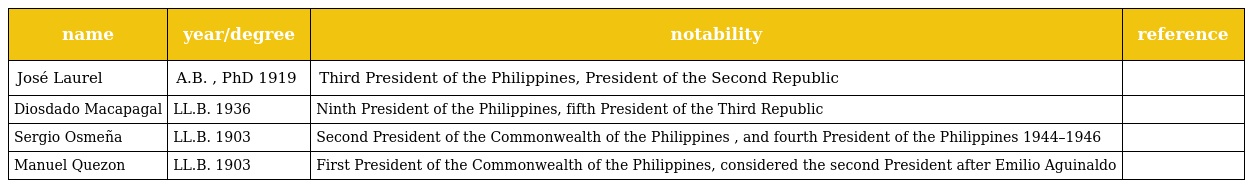
| name | year/degree | notability | reference |
 | --- | --- | --- | --- |
 | José Laurel | A.B. , PhD 1919 | Third President of the Philippines, President of the Second Republic |  |
 | Diosdado Macapagal | LL.B. 1936 | Ninth President of the Philippines, fifth President of the Third Republic |  |
 | Sergio Osmeña | LL.B. 1903 | Second President of the Commonwealth of the Philippines , and fourth President of the Philippines 1944–1946 |  |
 | Manuel Quezon | LL.B. 1903 | First President of the Commonwealth of the Philippines, considered the second President after Emilio Aguinaldo |  |